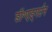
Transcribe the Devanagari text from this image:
डॉ॰एड्गर्टन